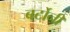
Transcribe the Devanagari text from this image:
बर्टोनी